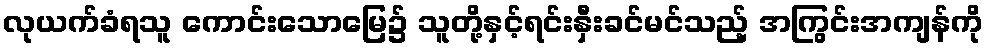
လုယက်ခံရသူ ကောင်းသောမြေ၌ သူတို့နှင့်ရင်းနှီးခင်မင်သည့် အကြွင်းအကျန်ကို